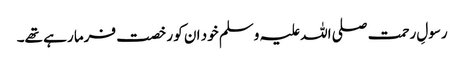
رسولِ رحمت صلی اللہ علیہ وسلم خود ان کو رخصت فرما رہے تھے۔